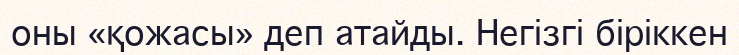
оны «қожасы» деп атайды. Негізгі біріккен